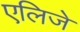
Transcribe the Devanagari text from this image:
एलिजे